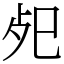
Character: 𢀸